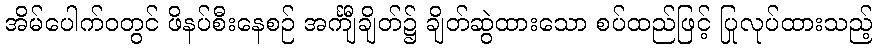
အိမ်ပေါက်ဝတွင် ဖိနပ်စီးနေစဉ် အင်္ကျီချိတ်၌ ချိတ်ဆွဲထားသော စပ်ထည်ဖြင့် ပြုလုပ်ထားသည့်